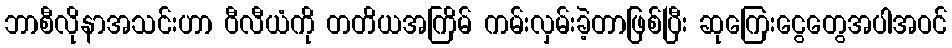
ဘာစီလိုနာအသင်းဟာ ဝီလီယံကို တတိယအကြိမ် ကမ်းလှမ်းခဲ့တာဖြစ်ပြီး ဆုကြေးငွေတွေအပါအဝင်